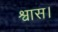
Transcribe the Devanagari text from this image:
श्वास।